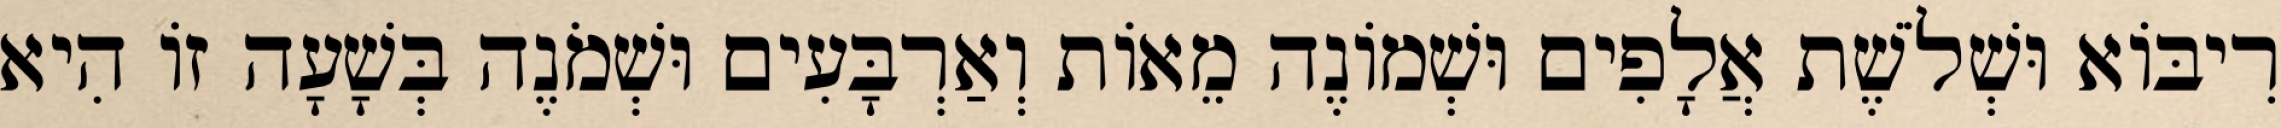
רִיבּוֹא וּשְׁלֹשֶׁת אֲלָפִים וּשְׁמוֹנֶה מֵאוֹת וְאַרְבָּעִים וּשְׁמֹנֶה בְּשָׁעָה זוֹ הִיא